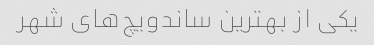
یکی از بهترین ساندویچ‌های شهر